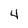
Character: 4